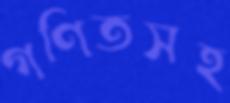
গণিতসহ